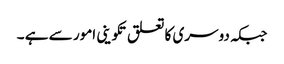
جبکہ دوسری کا تعلق تکوینی امور سے ہے ۔